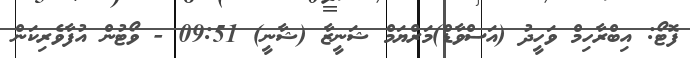
ފޮޓޯ: އިބްރާހިމް ވަހީދު (އަސްވާޑް)މަރްޔަމް ޝަނީޒާ (ޝާނީ) 09:51 - ވޯޓުން އުފާވެރިކަން